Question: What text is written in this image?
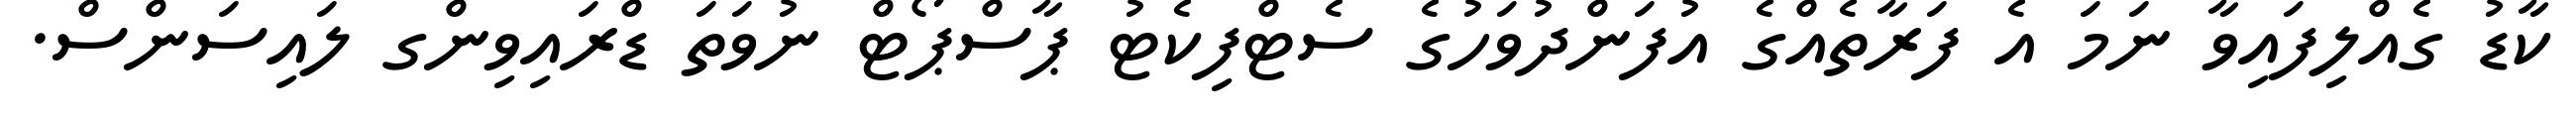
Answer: ކާޑު ގެއްލިފައިވާ ނަމަ އެ ފަރާތެއްގެ އުފަންދުވަހުގެ ސެޓްފިކެޓު ޕާސްޕޯޓް ނުވަތަ ޑްރައިވިންގ ލައިސަންސް.